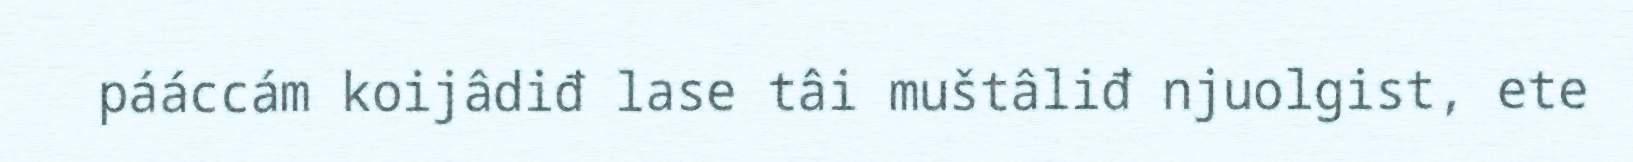
pááccám koijâdiđ lase tâi muštâliđ njuolgist, ete